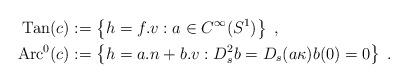
LaTeX: \begin{align*} \operatorname{Tan}(c)&:=\left\{h=f.v: a\in C^{\infty}(S^1) \right\}\;,\\ \operatorname{Arc}^0(c)&:= \left\{h=a.n+b.v: D_s^2 b = D_s (a\kappa) b(0)=0\right\}\;.\end{align*}